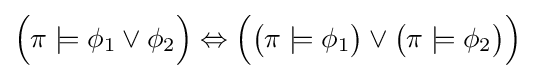
{\Big (}\pi \models \phi _{1}\lor \phi _{2}{\Big )}\Leftrightarrow {\Big (}{\big (}\pi \models \phi _{1}{\big )}\lor {\big (}\pi \models \phi _{2}{\big )}{\Big )}